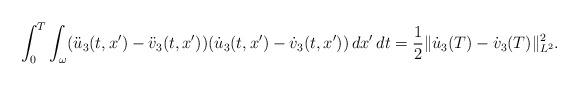
LaTeX: \begin{align*}\int_0^T \int_\omega (\ddot{u}_3(t,x')- \ddot{v}_3(t,x'))(\dot{u}_3(t,x')-\dot{v}_3(t,x'))\,dx'\,dt =\frac{1}{2} \| \dot{u}_3 (T)- \dot{v}_3 (T) \|_{L^2}^2 .\end{align*}